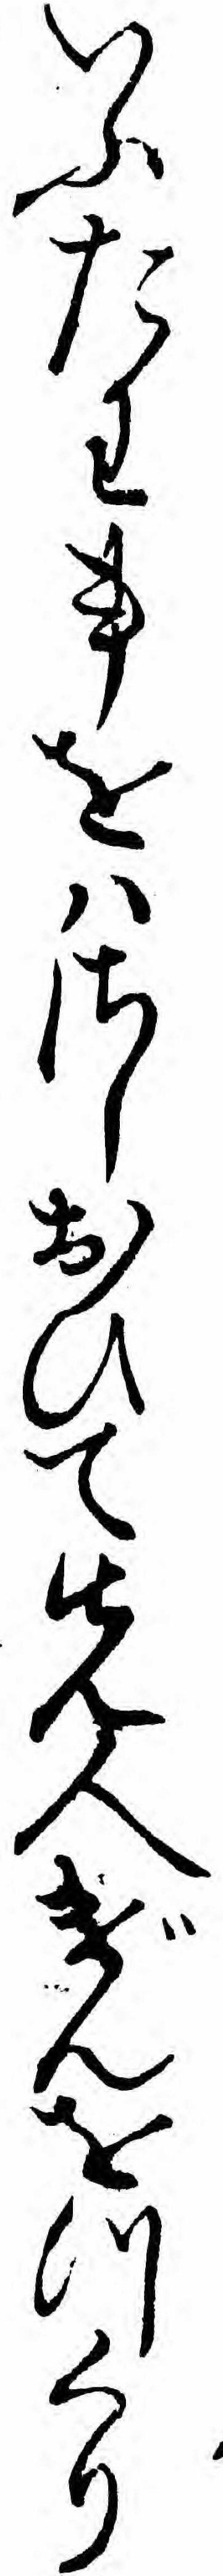
いふたわ事をハさしおひて先人げんをつくり